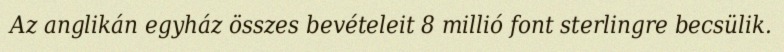
Az anglikán egyház összes bevételeit 8 millió font sterlingre becsülik.